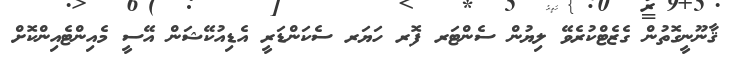
ޤާނޫނީގޮތުން ގެޒެޓްކުރެވޭ ލިޔުން ސެންޓަރ ފޮރ ހަޔަރ ސެކަންޑަރީ އެޑިއުކޭޝަން އޭސީ މެއިންޓެއިންކޮށް